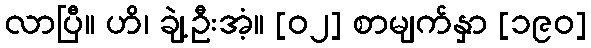
လာပြီ။ ဟိ၊ ချဲ့ဦးအံ့။ [၀၂] စာမျက်နှာ [၁၉၀]